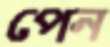
পেন